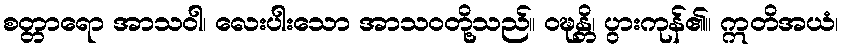
စတ္တာရော အာသဝါ၊ လေးပါးသော အာသဝတို့သည်။ ဝဍ္ဎန္တိ၊ ပွားကုန်၏။ ဣတိအယံ၊